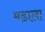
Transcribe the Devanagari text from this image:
मडाला